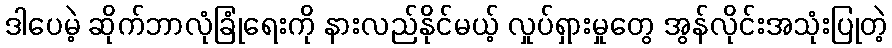
ဒါပေမဲ့ ဆိုက်ဘာလုံခြုံရေးကို နားလည်နိုင်မယ့် လှုပ်ရှားမှုတွေ အွန်လိုင်းအသုံးပြုတဲ့